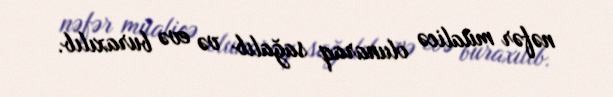
nəfər müalicə olunaraq sağalıb və evə buraxılıb.